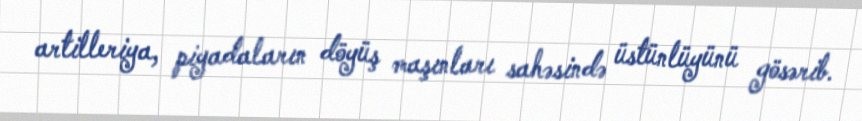
artilleriya, piyadaların döyüş maşınları sahəsində üstünlüyünü gösərib.